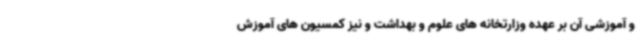
و آموزشی آن بر عهده وزارتخانه های علوم و بهداشت و نیز کمسیون های آموزش